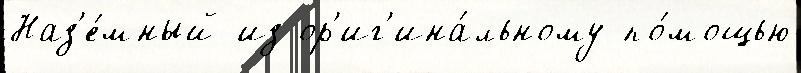
Наз'е́мный из ор'иг'ина́льному по́мощью